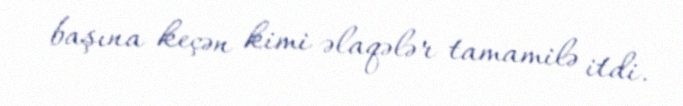
başına keçən kimi əlaqələr tamamilə itdi.